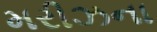
મરીઝના